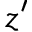
z ^ { \prime }